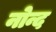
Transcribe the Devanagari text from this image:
नोन्द